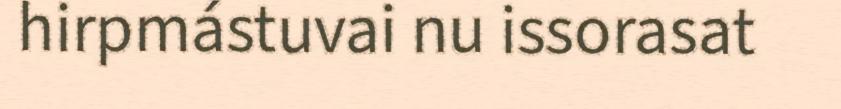
hirpmástuvai nu issorasat